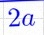
2a